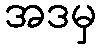
အဒမှ